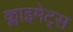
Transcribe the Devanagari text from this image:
क्लाइमेट्स